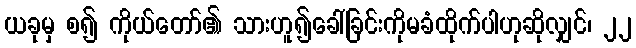
ယခုမှ စ၍ ကိုယ်တော်၏ သားဟူ၍ခေါ်ခြင်းကိုမခံထိုက်ပါဟုဆိုလျှင်၊ ၂၂